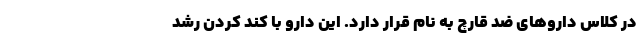
در کلاس داروهای ضد قارچ به نام قرار دارد. این دارو با کند کردن رشد